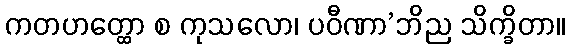
ကတဟတ္ထော စ ကုသလော၊ ပဝီဏာ’ဘိည သိက္ခိတာ။